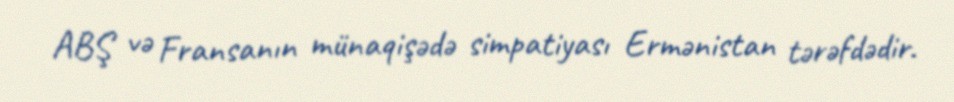
ABŞ və Fransanın münaqişədə simpatiyası Ermənistan tərəfdədir.